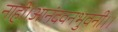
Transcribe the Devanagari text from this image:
नाही।आनंदवनभुवनी।।